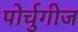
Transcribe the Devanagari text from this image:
पोर्चुगीज